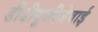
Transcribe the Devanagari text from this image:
डीडीयूजीजेवाई